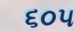
૬૦૫